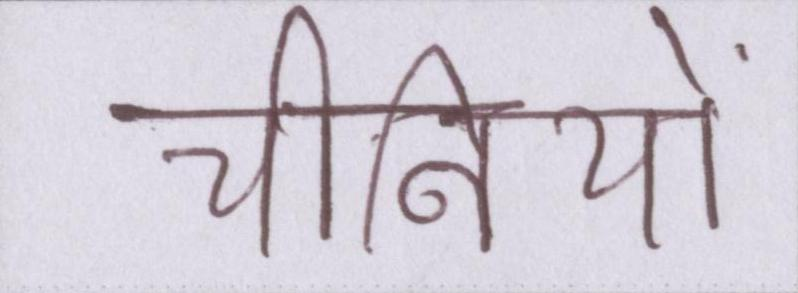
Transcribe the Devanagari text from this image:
चीनियों